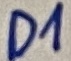
Text: D1